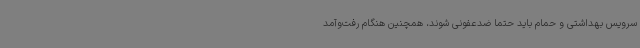
سرویس بهداشتی و حمام باید حتماً ضدعفونی شوند، همچنین هنگام رفت‌وآمد